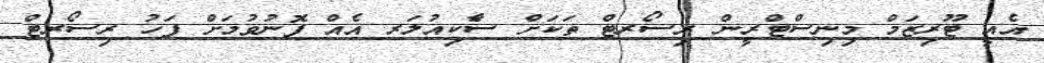
އެއީ ޓޫރިޒަމް މިނިސްޓްރީން ރިސޯރޓް ތަކަށް ސާެކިއުލަރ އެއް ފޮނުވުމަށް ފަހު ރިސޯރޓް